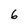
Character: 6